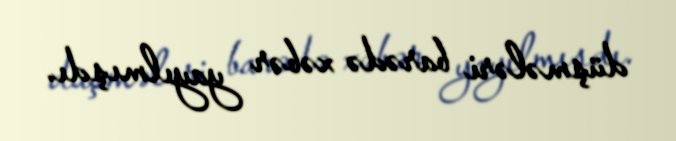
düşmələri barədə xəbər yayılmışdı.